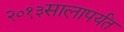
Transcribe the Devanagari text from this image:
२०१३सालापर्यंत